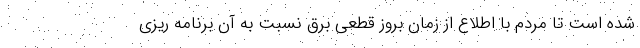
شده است تا مردم با اطلاع از زمان بروز قطعی برق نسبت به آن برنامه ریزی